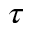
\tau